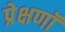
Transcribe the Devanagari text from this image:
प्रेक्षणॉं